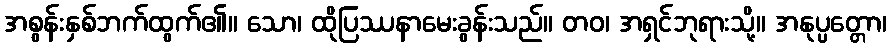
အစွန်းနှစ်ဘက်ထွက်၏။ သော၊ ထိုပြဿနာမေးခွန်းသည်။ တဝ၊ အရှင်ဘုရားသို့။ အနုပ္ပတ္တော၊